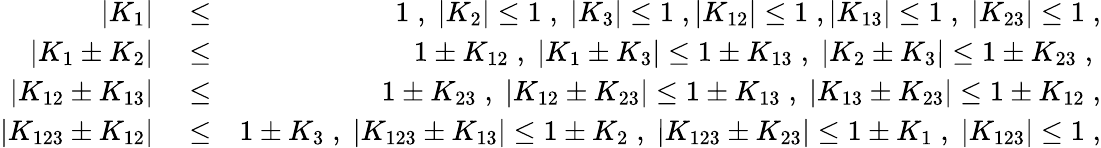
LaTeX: \begin{array}{rlr}{|K_{1}|}&{{}\le}&{1\; ,\; |K_{2}|\le 1\; ,\; |K_{3}|\le 1\; ,|K_{12}|\le 1\; ,|K_{13}|\le 1\; ,\; |K_{23}|\le 1\; ,}\\ {\vert K_{1}\pm K_{2}\vert}&{{}\le}&{1\pm K_{12}\; ,\; \vert K_{1}\pm K_{3}\vert\le 1\pm K_{13}\; ,\; \vert K_{2}\pm K_{3}\vert\le 1\pm K_{23}\; ,\; }\\ {\vert K_{12}\pm K_{13}\vert}&{{}\le}&{1\pm K_{23}\; ,\; \vert K_{12}\pm K_{23}\vert\le 1\pm K_{13}\; ,\; \vert K_{13}\pm K_{23}\vert\le 1\pm K_{12}\; ,}\\ {\vert K_{123}\pm K_{12}\vert}&{{}\le}&{1\pm K_{3}\; ,\; \vert K_{123}\pm K_{13}\vert\le 1\pm K_{2}\; ,\; \vert K_{123}\pm K_{23}\vert\le 1\pm K_{1}\; ,\; |K_{123}|\le 1\; ,}\end{array}